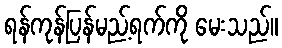
ရန်ကုန်ပြန်မည့်ရက်ကို မေးသည်။